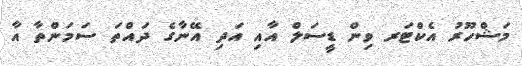
މަޝްހޫރު އެކްޓަރ ވިން ޑީސަލް އާއި އަދި އޭނާގެ ދައްތަ ސަމަންތާ އާ